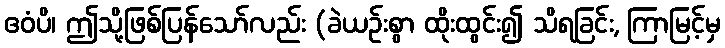
ဧဝံပိ၊ ဤသို့ဖြစ်ပြန်သော်လည်း (ခဲယဉ်းစွာ ထိုးထွင်း၍ သိရခြင်း, ကြာမြင့်မှ